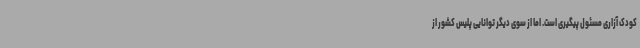
کودک آزاری مسئول پیگیری است. اما از سوی دیگر توانایی پلیس کشور از